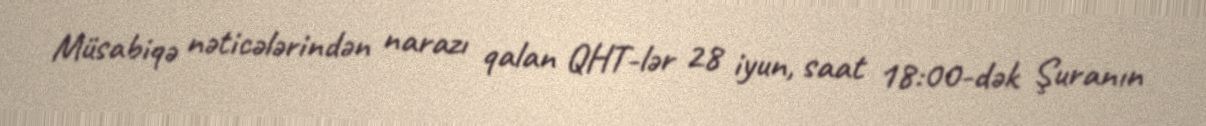
Müsabiqə nəticələrindən narazı qalan QHT-lər 28 iyun, saat 18:00-dək Şuranın